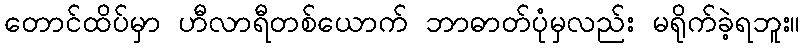
တောင်ထိပ်မှာ ဟီလာရီတစ်ယောက် ဘာဓာတ်ပုံမှလည်း မရိုက်ခဲ့ရဘူး။